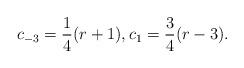
LaTeX: \begin{align*}c_{-3}=\frac 14(r+1),c_1=\frac 34(r-3).\end{align*}